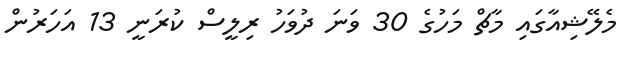
މެލޭޝިއާގައި މާޗް މަހުގެ 30 ވަނަ ދުވަހު ރިލީސް ކުރަނީ 13 އަހަރުން